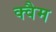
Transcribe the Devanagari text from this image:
क्वैम